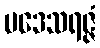
ပဒေသရဇ္ဇံ